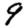
Digit: 9